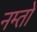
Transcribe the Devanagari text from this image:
नम्तो